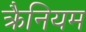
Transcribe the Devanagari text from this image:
क्रैनियम